Indian journal of veterinary science and animal husbandry - Volumes 15-17, 1948-1951
Year: 1948
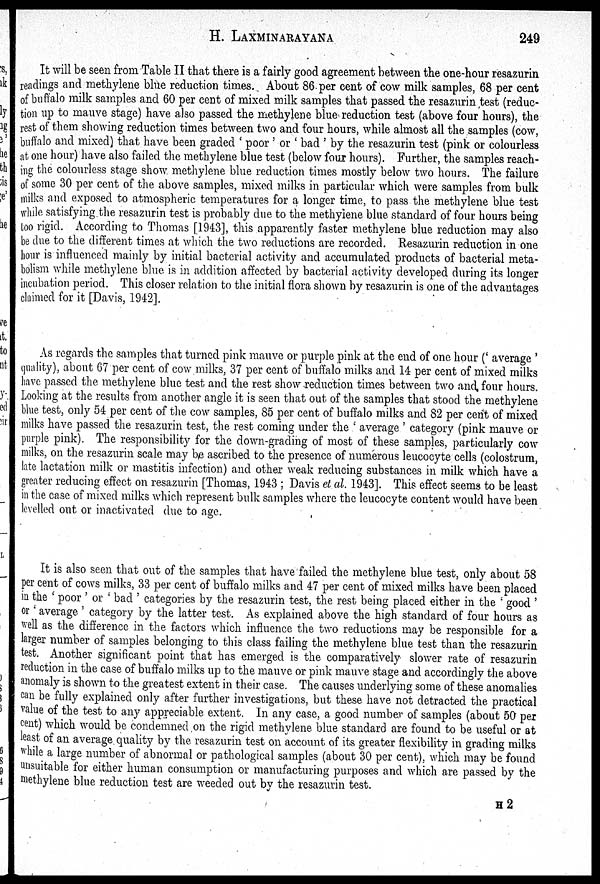
H. LAXMINARAYANA 249
It will be seen from Table II that there is a fairly good agreement between the one-hour resazurin
readings and methylene blue reduction times. About 86 per cent of cow milk samples, 68 per cent
of buffalo milk samples and 60 per cent of mixed milk samples that passed the resazurin test (reduc-
tion up to mauve stage) have also passed the methylene blue reduction test (above four hours), the
rest of them showing reduction times between two and four hours, while almost all the samples (cow,
buffalo and mixed) that have been graded 'poor' or 'bad' by the resazurin test (pink or colourless
at one hour) have also failed the methylene blue test (below four hours). Further, the samples reach-
ing the colourless stage show methylene blue reduction times mostly below two hours. The failure
of some 30 per cent of the above samples, mixed milks in particular which were samples from bulk
milks and exposed to atmospheric temperatures for a longer time, to pass the methylene blue test
while satisfying the resazurin test is probably due to the methylene blue standard of four hours being
too rigid. According to Thomas [1943], this apparently faster methylene blue reduction may also
be due to the different times at which the two reductions are recorded. Resazurin reduction in one
hour is influenced mainly by initial bacterial activity and accumulated products of bacterial meta-
bolism while methylene blue is in addition affected by bacterial activity developed during its longer
incubation period. This closer relation to the initial flora shown by resazurin is one of the advantages
claimed for it [Davis, 1942].
As regards the samples that turned pink mauve or purple pink at the end of one hour ('average'
quality), about 67 per cent of cow milks, 37 per cent of buffalo milks and 14 per cent of mixed milks
have passed the methylene blue test and the rest show reduction times between two and four hours.
Looking at the results from another angle it is seen that out of the samples that stood the methylene
blue test, only 54 per cent of the cow samples, 85 per cent of buffalo milks and 82 per cent of mixed
milks have passed the resazurin test, the rest coming under the 'average' category (pink mauve or
purple pink). The responsibility for the down-grading of most of these samples, particularly cow
milks, on the resazurin scale may be ascribed to the presence of numerous leucocyte cells (colostrum,
late lactation milk or mastitis infection) and other weak reducing substances in milk which have a
greater reducing effect on resazurin [Thomas, 1943 ; Davis et al. 1943]. This effect seems to be least
in the case of mixed milks which represent bulk samples where the leucocyte content would have been
levelled out or inactivated due to age.
It is also seen that out of the. samples that have failed the methylene blue test, only about 58
per cent of cows milks, 33 per cent of buffalo milks and 47 per cent of mixed milks have been placed
in the 'poor' or 'bad' categories by the resazurin test, the rest being placed either in the 'good'
or 'average' category by the latter test. As explained above the high standard of four hours as
well as the difference in the factors which influence the two reductions may be responsible for a
larger number of samples belonging to this class failing the methylene blue test than the resazurin
test. Another significant point that has emerged is the comparatively slower rate of resazurin
reduction in the case of buffalo milks up to the mauve or pink mauve stage and accordingly the above
anomaly is shown to the greatest extent in their case. The causes underlying some of these anomalies
can be fully explained only after further investigations, but these have not detracted the practical
value of the test to any appreciable extent. In any case, a good number of samples (about 50 per
cent) which would be condemned on the rigid methylene blue standard are found to be useful or at
least of an average quality by the resazurin test on account of its greater flexibility in grading milks
while a large number of abnormal or pathological samples (about 30 per cent), which may be found
unsuitable for either human consumption or manufacturing purposes and which are passed by the
methylene blue reduction test are weeded out by the resazurin test.
H 2